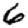
Digit: 6